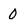
Character: 0